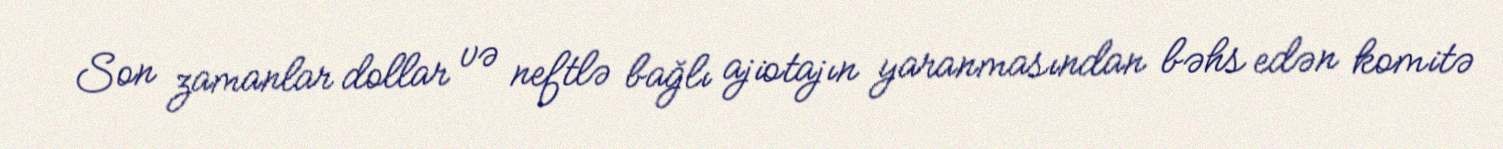
Son zamanlar dollar və neftlə bağlı ajiotajın yaranmasından bəhs edən komitə